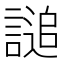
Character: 𧪲